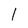
Character: I